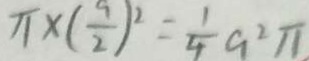
\pi \times ( \frac { 9 } { 2 } ) ^ { 2 } = \frac { 1 } { 4 } a ^ { 2 } \pi